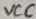
Text: VCC